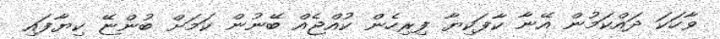
ވާހަކަ ދައްކަމުން އޭނާ ކާފަކިޔާ ފިރިހެން ކުއްޖެއް ބޭނުން ކަމަށް ބުންޏޭ ކިޔާފައި